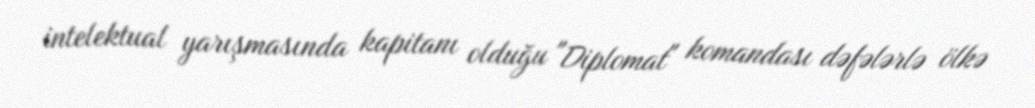
intelektual yarışmasında kapitanı olduğu "Diplomat" komandası dəfələrlə ölkə